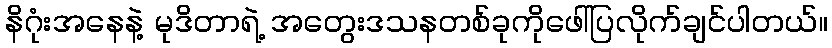
နိဂုံးအနေနဲ့ မုဒိတာရဲ့ အတွေးဒသနတစ်ခုကိုဖေါ်ပြလိုက်ချင်ပါတယ်။